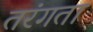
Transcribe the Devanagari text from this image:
तरंगता